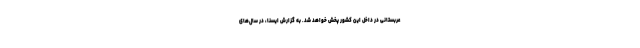
عربستانی در داخل این کشور پخش خواهد شد. به گزارش ایسنا، در سال‌های